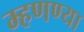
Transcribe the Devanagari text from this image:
म्हणण्या